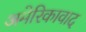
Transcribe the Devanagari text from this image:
अमेरिकावाद